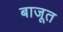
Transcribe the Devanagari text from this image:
बाजूत